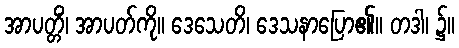
အာပတ္တိံ၊ အာပတ်ကို။ ဒေသေတိ၊ ဒေသနာပြော၏။ တဒါ၊ ၌။